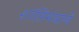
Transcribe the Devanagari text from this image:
शांतिमंत्राने